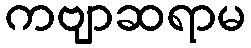
ကဗျာဆရာမ